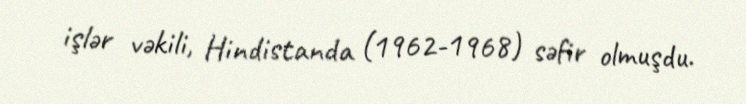
işlər vəkili, Hindistanda (1962-1968) səfir olmuşdu.